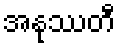
အနုဿတီ